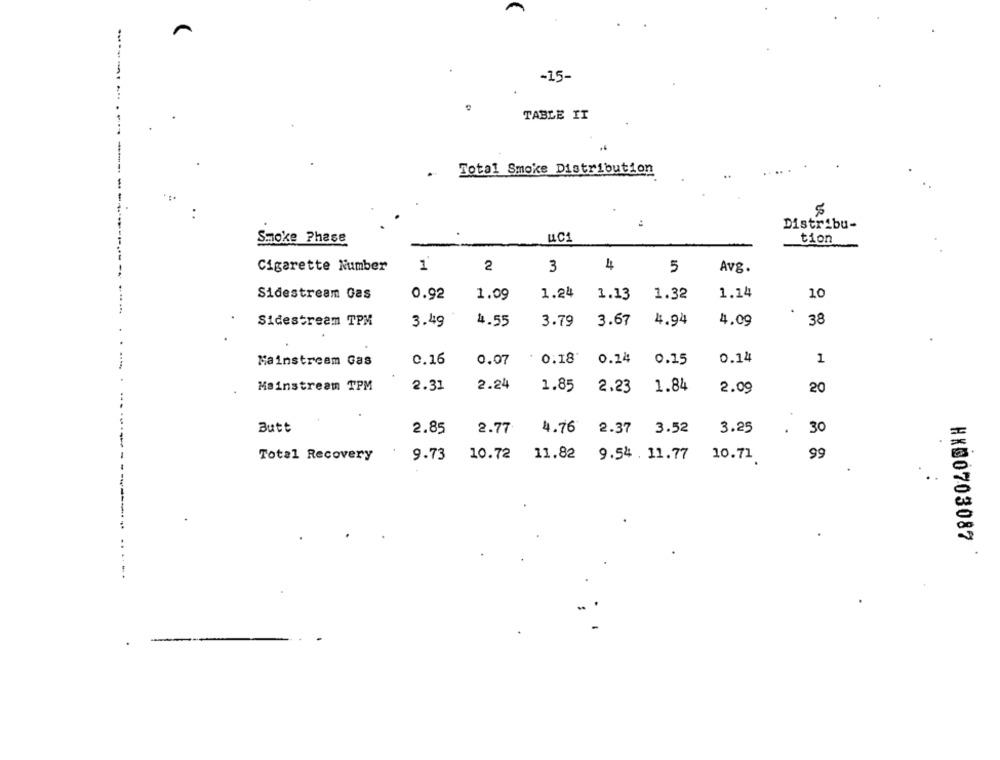
----- 1
-15-
TABLE IT
Total Smoke Distribution
Distribu-
Smoke Phase
LC1
tion
1
2
4
Cigarette Number
3
5
Avg.
Sidestream Gas
0.92
1.09
1.24
1.13
1.32
1.14
10
Sidestream TPM
3.49
4.55
3.79
3.67
4.94
4.09
38
Mainstream Gas
0.16
0.07
0.18*
0.24
0.15
0.14
1
Mainstream TPM
2.31
2.24
1.85
2,23
1.84
2.09
20
Butt
2.85
2.77
4.76
2.37
3.52
3.25
30
Total Recovery
9.73
10.72
11.82
9.54 . 11.77
10.71
99
#X00703087